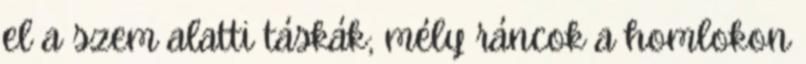
el a szem alatti táskák; mély ráncok a homlokon